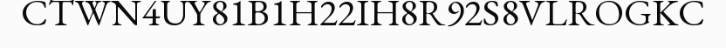
CTWN4UY81B1H22IH8R92S8VLROGKC